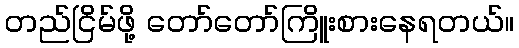
တည်ငြိမ်ဖို့ တော်တော်ကြိူးစားနေရတယ်။